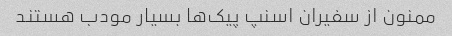
ممنون از سفیران اسنپ پیک‌ها بسیار مودب هستند